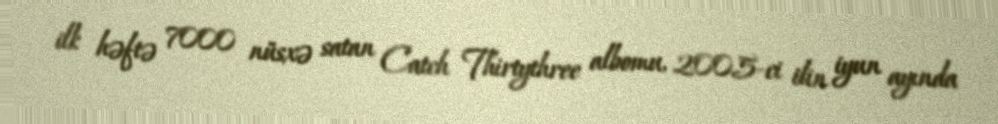
ilk həftə 7000 nüsxə satan Catch Thirtythree albomu, 2005-ci ilin iyun ayında